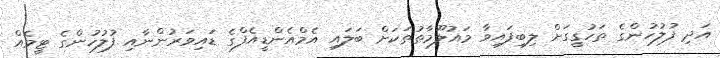
އަދި ފުލުހުންގެ ތަހުގީގަށް ލިބިފައިވާ މައުލޫމާތުތަކަށް ބަލައި އެމްއެންޑީއެފްގެ ޑައިވަރުންނާއި ފުލުހުންގެ ޓީމެއް